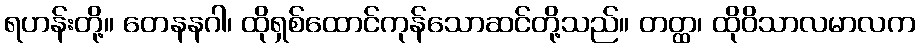
ရဟန်းတို့။ တေနနဂါ၊ ထိုရှစ်ထောင်ကုန်သောဆင်တို့သည်။ တတ္ထ၊ ထိုဝိသာလမာလက